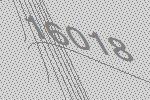
16018